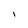
Character: 1